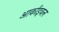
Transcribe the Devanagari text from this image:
आर्काइवल